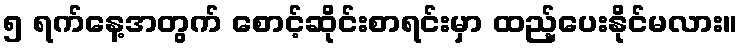
၅ ရက်နေ့အတွက် စောင့်ဆိုင်းစာရင်းမှာ ထည့်ပေးနိုင်မလား။